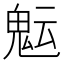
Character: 𩲑